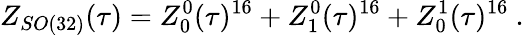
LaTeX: Z_{SO(32)}(\tau)=Z_{0}^{0}(\tau)^{16}+Z_{1}^{0}(\tau)^{16}+Z_{0}^{1}(\tau)^{16}\ .